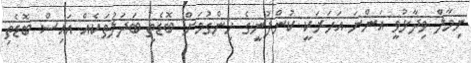
ނިމާލް ވިދާޅުވީ އަންނަ އަހަރަކީ ކުންފުނީގެ ހިންގުމަށް ބޮޑެތި ބަދަލުތަކެއް އައިސް ބޮޑެތި